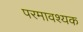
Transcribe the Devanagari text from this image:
परमावश्‍यक